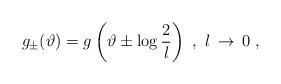
LaTeX: \begin{align*}g_{\pm }(\vartheta )=g\left( \vartheta \pm \log \displaystyle\frac{2}{l}\right) \, \, ,\, \, l\, \rightarrow \, 0\, \, ,\end{align*}